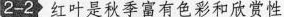
2-2红叶是秋季富有色彩和欣赏性